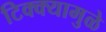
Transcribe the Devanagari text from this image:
टिक्क्यामुळे